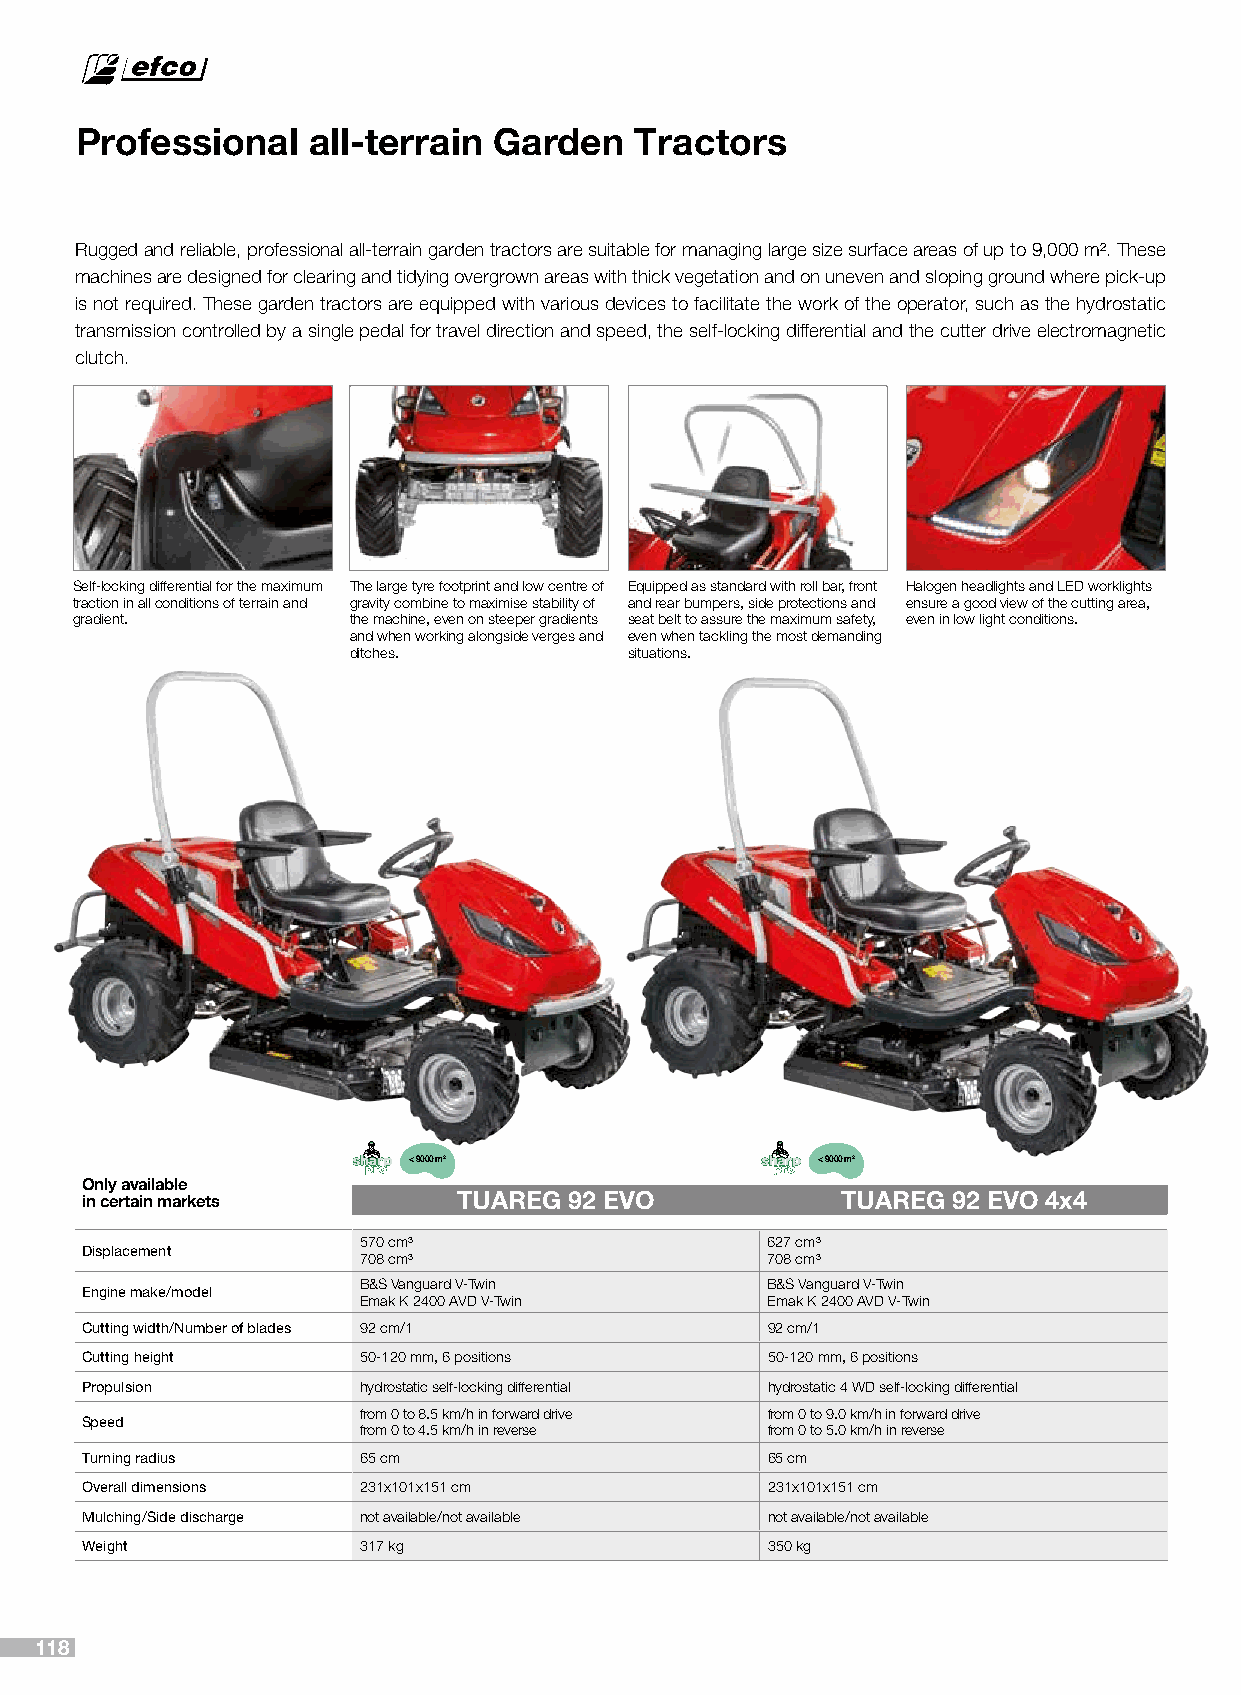
Professional   all-terrain  Garden   Tractors
 Rugged and reliable, professional all-terrain garden tractors are suitable for managing large size surface areas of up to 9,000 m². These
 machines are designed for clearing and tidying overgrown areas with thick vegetation and on uneven and sloping ground where pick-up
 is not required. These garden tractors are equipped with various devices to facilitate the work of the operator, such as the hydrostatic
 transmission controlled by a single pedal for travel direction and speed, the self-locking differential and the cutter drive electromagnetic
 clutch.
 Self-locking differential for the maximum The large tyre footprint and low centre of Equipped as standard with roll bar, front Halogen headlights and LED worklights
 traction in all conditions of terrain and gravity combine to maximise stability of and rear bumpers, side protections and ensure a good view of the cutting area,
 gradient.         the machine, even on steeper gradients seat belt to assure the maximum safety, even in low light conditions.
 and when working alongside verges and even when tackling the most demanding
 ditches.           situations.
 < 9000 m2                  < 9000 m2
 Only available
 in certain markets       TUAREG  92 EVO            TUAREG 92 EVO 4x4
 570 cm³                    627 cm³
 Displacement
 708 cm³                    708 cm³
 B&S Vanguard V-Twin        B&S Vanguard V-Twin
 Engine make/model
 Emak K 2400 AVD V-Twin     Emak K 2400 AVD V-Twin
 Cutting width/Number of blades 92 cm/1        92 cm/1
 Cutting height     50-120 mm, 6 positions     50-120 mm, 6 positions
 Propulsion         hydrostatic self-locking differential hydrostatic 4 WD self-locking differential
 from 0 to 8.5 km/h in forward drive from 0 to 9.0 km/h in forward drive
 Speed
 from 0 to 4.5 km/h in reverse from 0 to 5.0 km/h in reverse
 Turning radius     65 cm                      65 cm
 Overall dimensions 231x101x151 cm             231x101x151 cm
 Mulching/Side discharge not available/not available not available/not available
 Weight             317 kg                     350 kg
 118